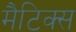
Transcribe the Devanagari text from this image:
मैटिक्स